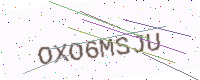
Text: OXO6MSJU